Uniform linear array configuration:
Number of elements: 16
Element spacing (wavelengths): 0.75
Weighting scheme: hann
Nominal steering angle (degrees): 45
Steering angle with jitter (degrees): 44.669
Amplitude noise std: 0.05
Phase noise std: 0.05

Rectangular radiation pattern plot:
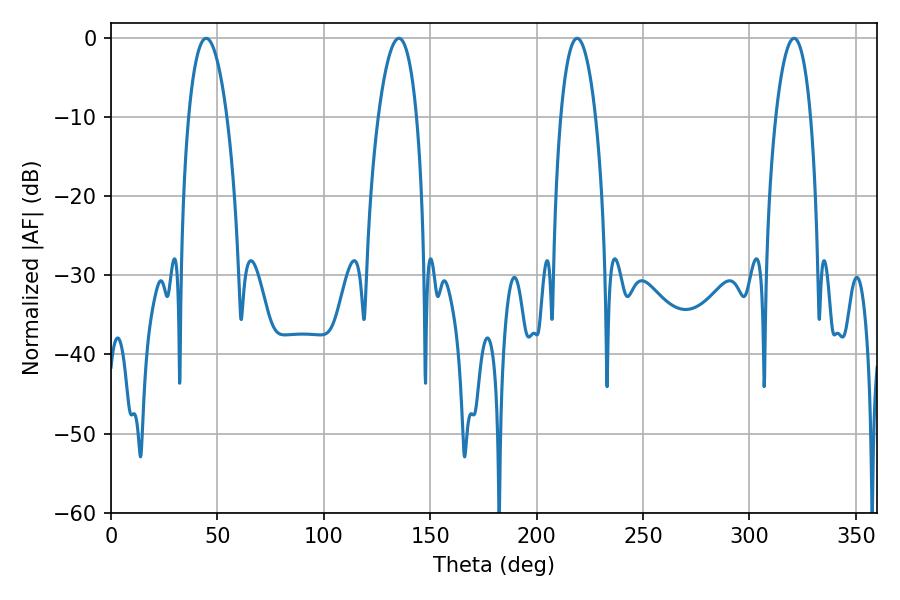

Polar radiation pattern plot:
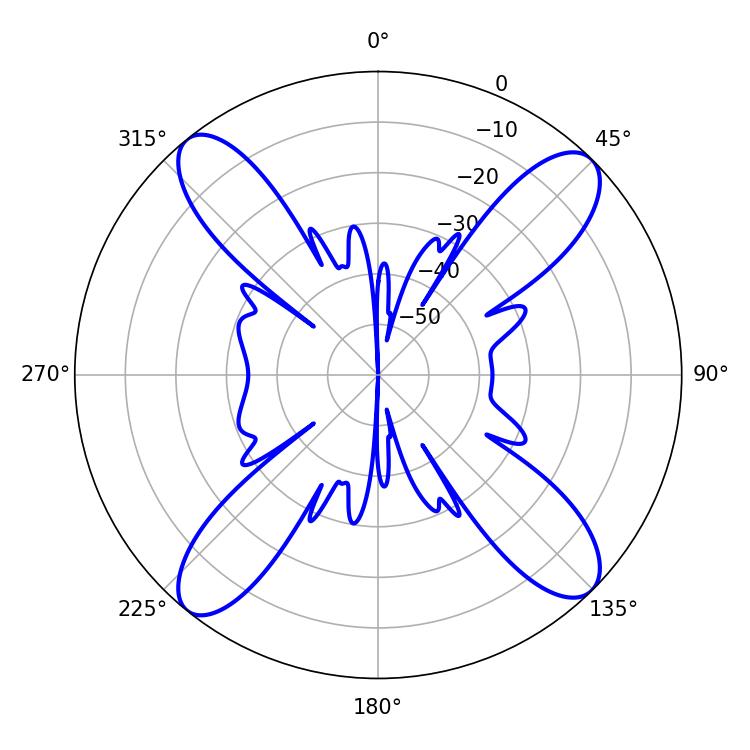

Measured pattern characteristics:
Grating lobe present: TRUE
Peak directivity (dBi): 16.116
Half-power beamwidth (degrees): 9.18
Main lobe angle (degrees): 320.94